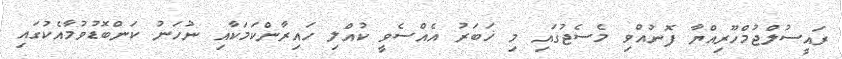
ރައީސުލްޖުމްހޫރިއްޔާ ފޮނުއްވި މެސެޖުގައި މި ޚަބަރު އެއްސެވީ ކުއްލި ހައިރާންކަމަކާއި ނުހަނު ކަންބޮޑުވުމާއެކުގައި